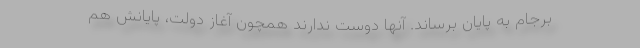
برجام به پایان برساند. آنها دوست ندارند همچون آغاز دولت، پایانش هم